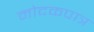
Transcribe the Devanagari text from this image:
मोदकपात्र